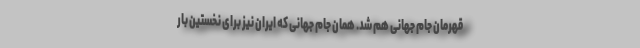
قهرمان جام جهانی هم شد. همان جام جهانی که ایران نیز برای نخستین بار